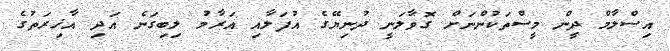
އިސްލާމް ދީން މީސްތަކުންނަށް ގޮވާލަނީ ދުނިޔޭގެ އުފަލާއި އަރާމު ލިބިގަނެ އަދި އާޚިރަތުގެ